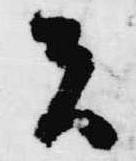
者